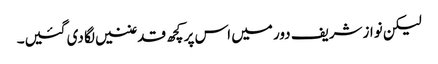
لیکن نوازشریف دور میں اس پر کچھ قدغنیں لگا دی گئیں۔